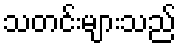
သတင်းများသည်